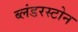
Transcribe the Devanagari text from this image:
ब्लंडरस्टोन